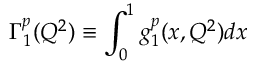
\Gamma _ { 1 } ^ { p } ( Q ^ { 2 } ) \equiv \int _ { 0 } ^ { 1 } g _ { 1 } ^ { p } ( x , Q ^ { 2 } ) d x